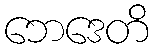
ဘေဒေတိ